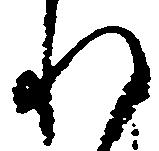
れ